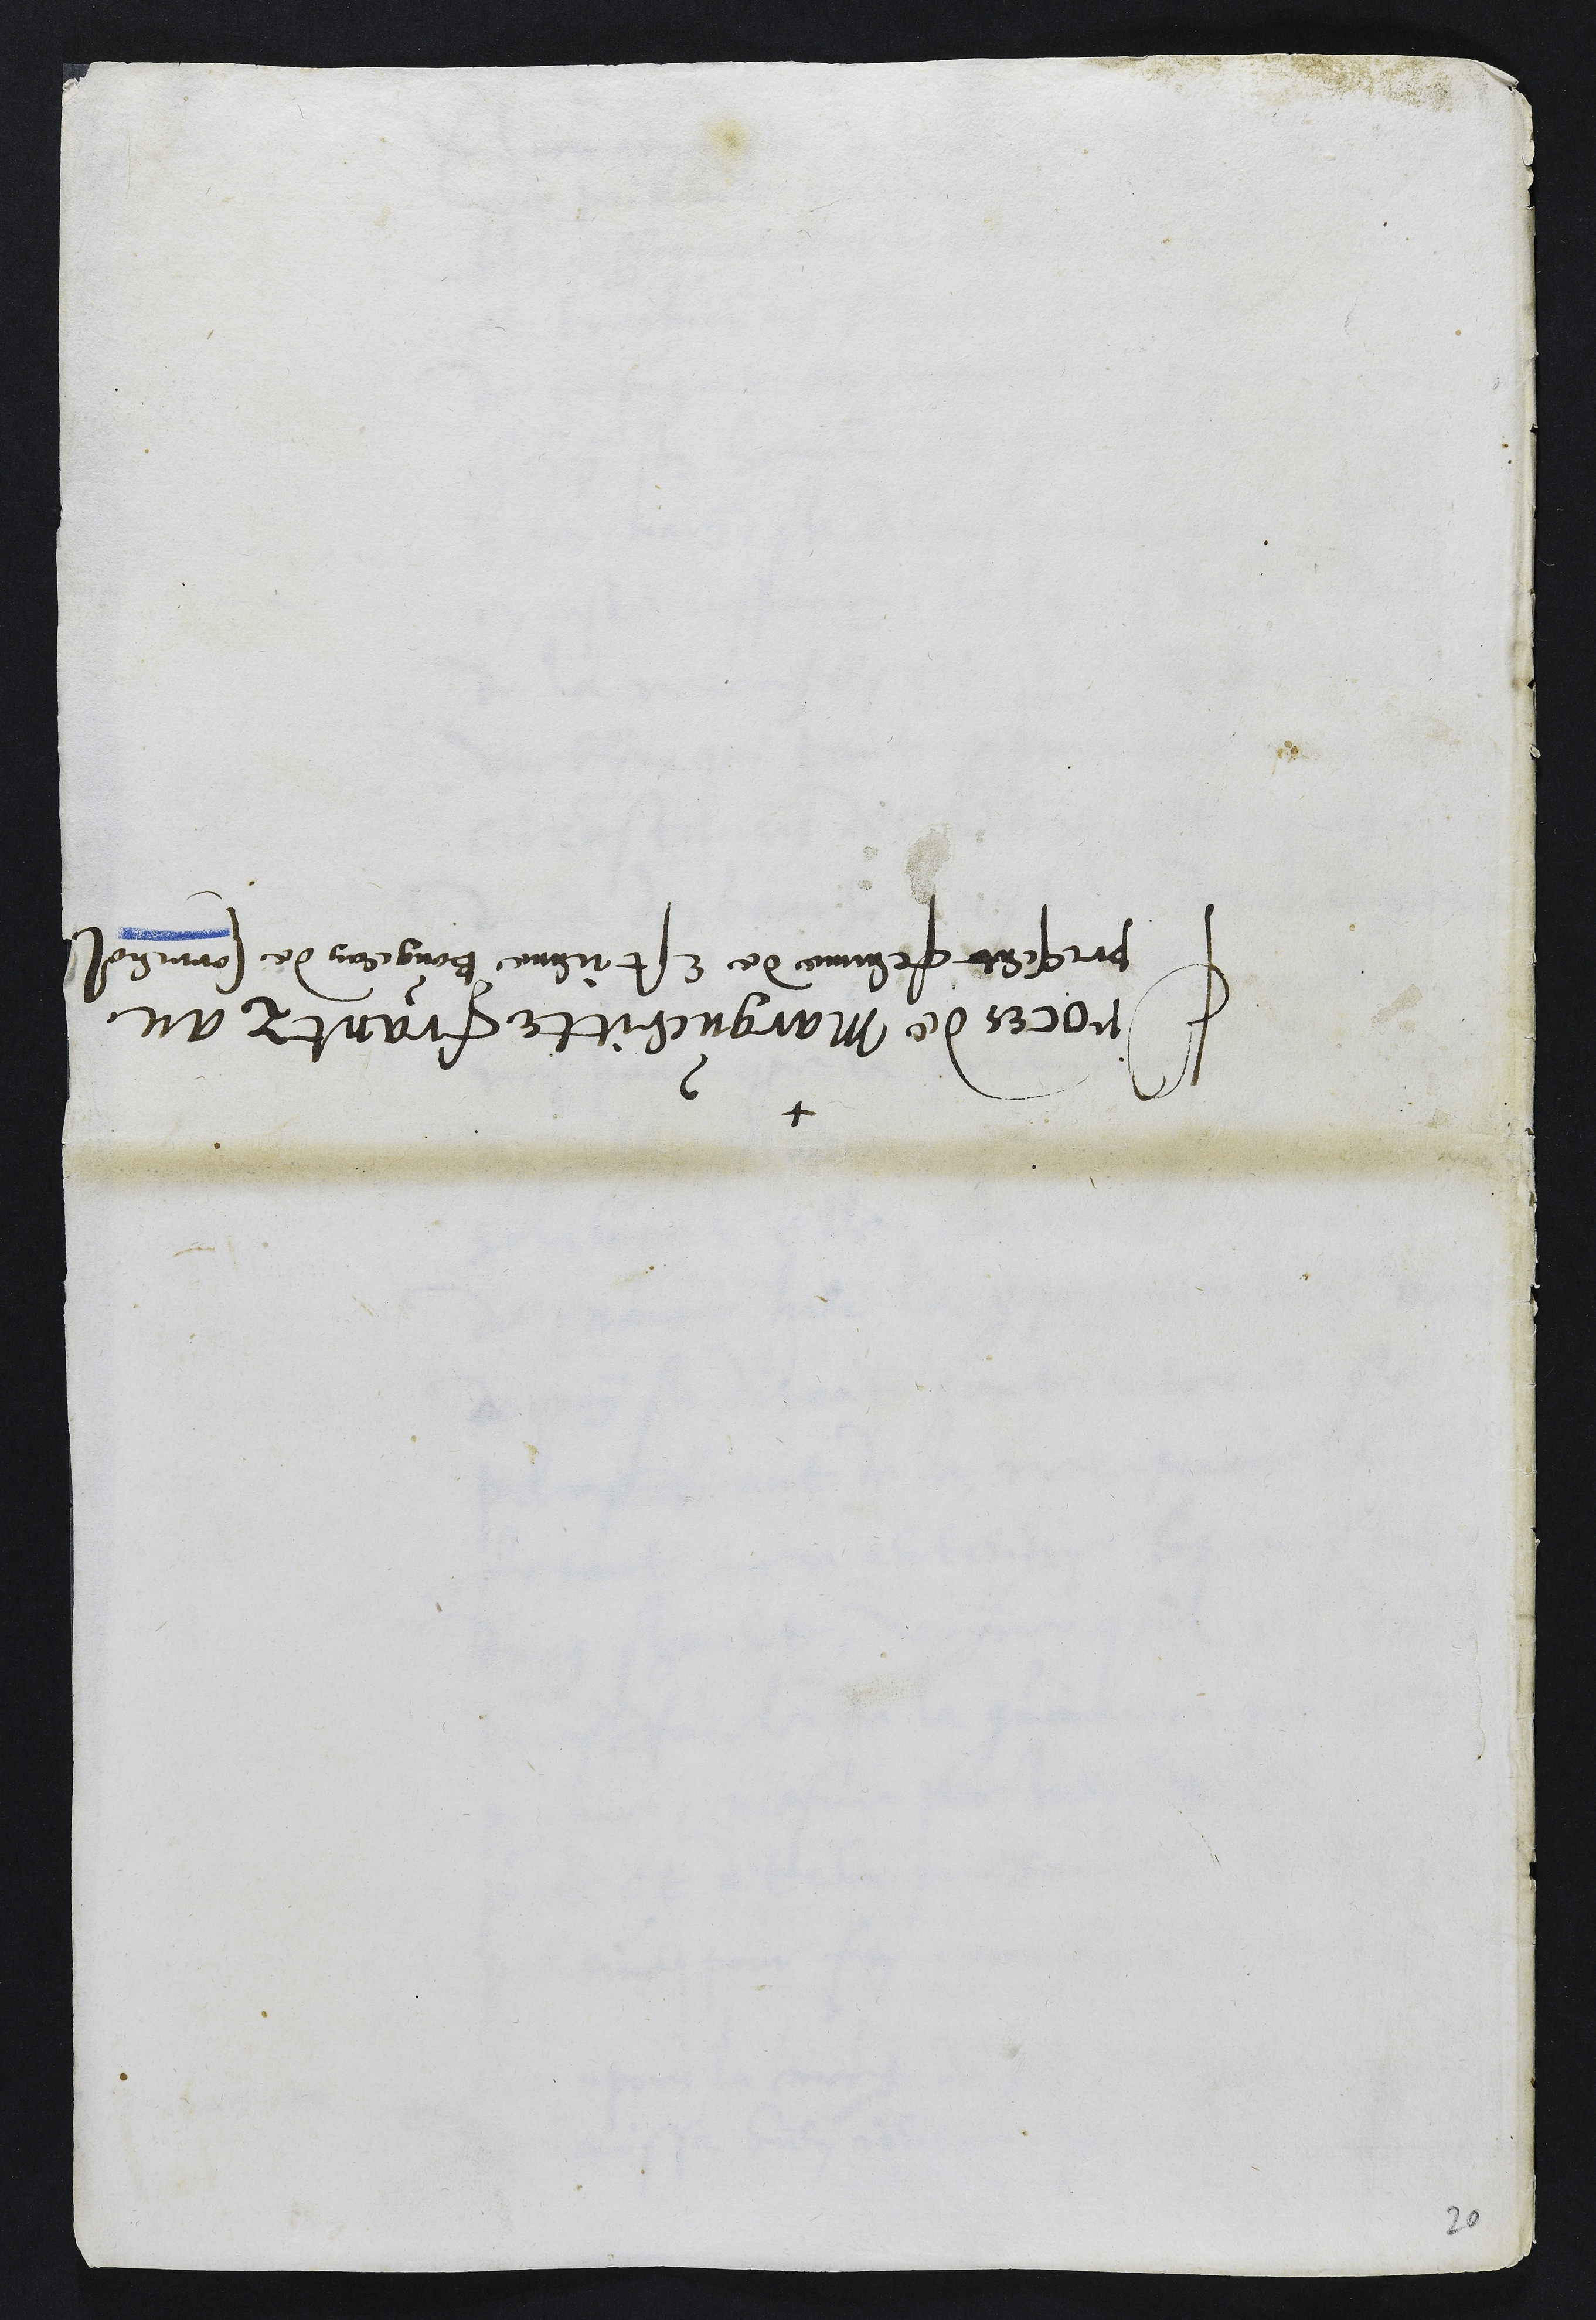
Proces de Margueritte Frantz au
present femme de Estienne Bougean de Correnol

20